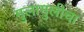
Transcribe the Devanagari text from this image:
मुलामुलींचा